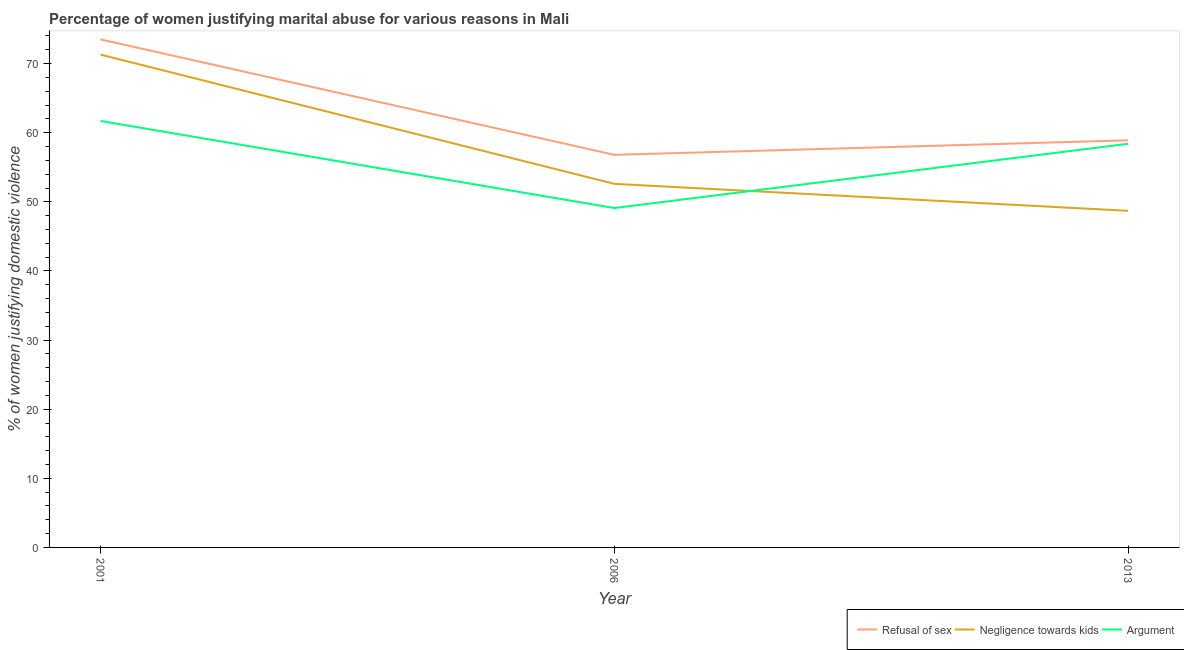
| Year | Refusal of sex | Negligence towards kids | Argument |
 | --- | --- | --- | --- |
 | 2001 | 73.5 | 71.3 | 61.7 |
 | 2006 | 56.8 | 52.6 | 49.1 |
 | 2013 | 58.9 | 48.7 | 58.4 |